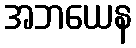
အဘယေန